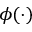
\phi ( \cdot )